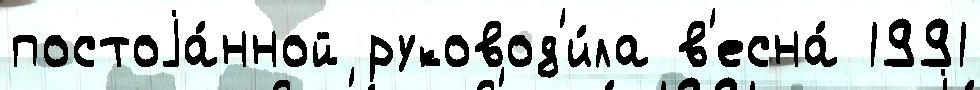
постоjа́нной руковод'и́ла в'есна́ 1991